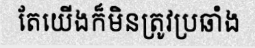
តែយើងក៏មិនត្រូវប្រឆាំង